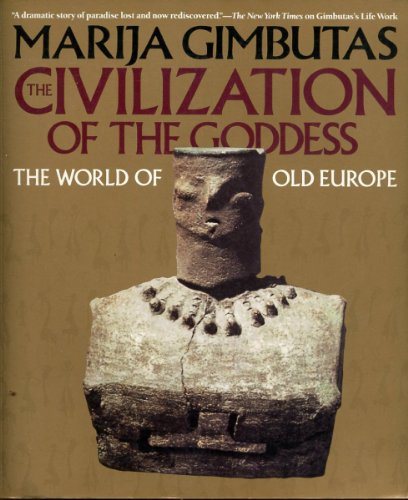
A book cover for The Civilization of the Goddess: The World of Old Europe; Marija Gimbutas; History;